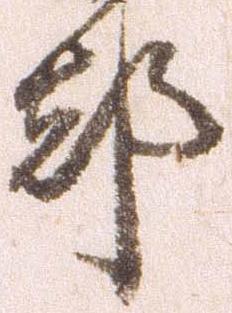
都